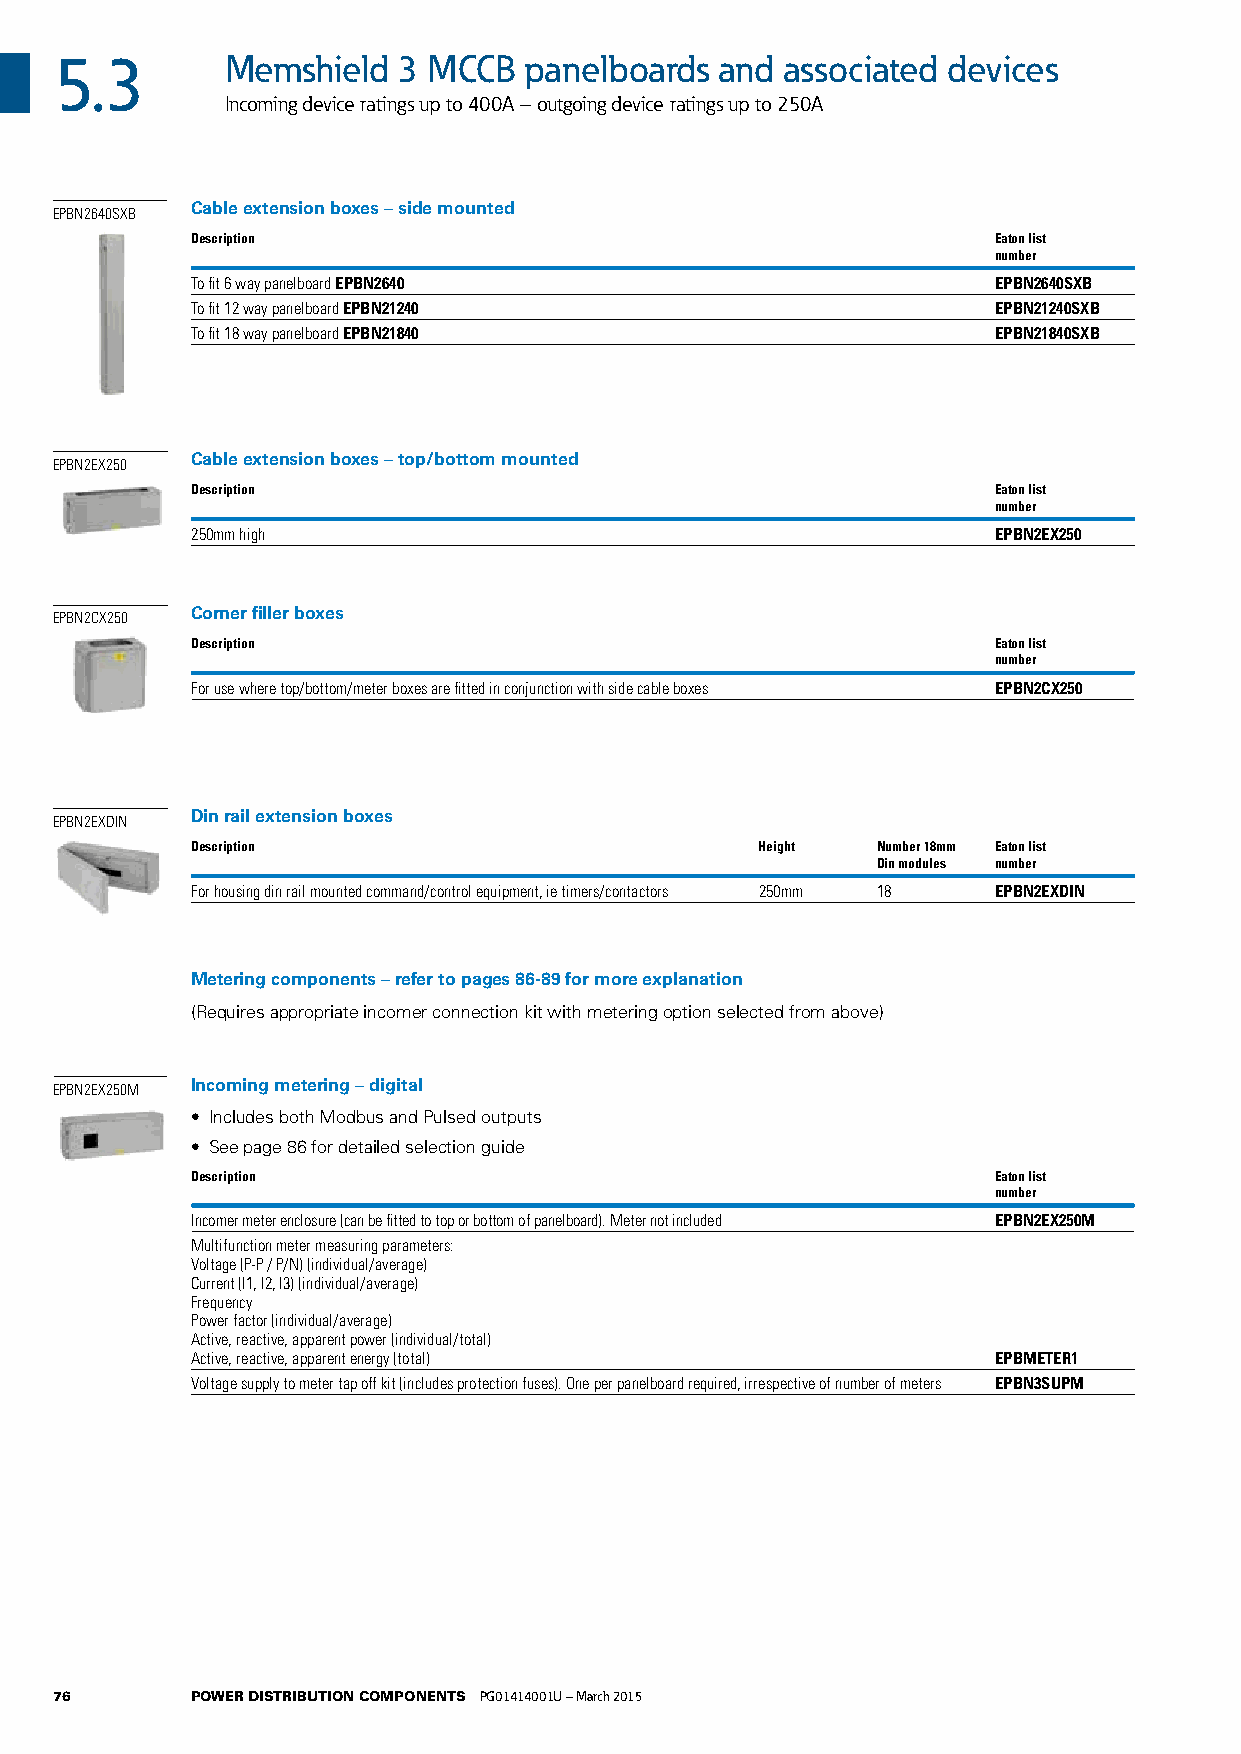
5.3        Memshield  3 MCCB   panelboards  and associated devices
 Incoming device ratings up to 400A – outgoing device ratings up to 250A
 Cable extension boxes – side mounted
 EPBN2640SXB
 Description                                          Eaton list
 number
 To fit 6 way panelboard EPBN2640                     EPBN2640SXB
 To fit 12 way panelboard EPBN21240                   EPBN21240SXB
 To fit 18 way panelboard EPBN21840                   EPBN21840SXB
 Cable extension boxes – top/bottom mounted
 EPBN2EX250
 Description                                          Eaton list
 number
 250mm high                                           EPBN2EX250
 Corner filler boxes
 EPBN2CX250
 Description                                          Eaton list
 number
 For use where top/bottom/meter boxes are fitted in conjunction with side cable boxes EPBN2CX250
 Din rail extension boxes
 EPBN2EXDIN
 Description                          Height  Number 18mm Eaton list
 Din modules number
 For housing din rail mounted command/control equipment, ie timers/contactors 250mm 18 EPBN2EXDIN
 Metering components – refer to pages 86-89 for more explanation
 (Requires appropriate incomer connection kit with metering option selected from above)
 EPBN2EX250M Incoming metering – digital
 • Includes both Modbus and Pulsed outputs
 • See page 86 for detailed selection guide
 Description                                          Eaton list
 number
 Incomer meter enclosure (can be fitted to top or bottom of panelboard). Meter not included EPBN2EX250M
 Multifunction meter measuring parameters:
 Voltage (P-P / P/N) (individual/average)
 Current (I1, I2, I3) (individual/average)
 Frequency
 Power factor (individual/average)
 Active, reactive, apparent power (individual/total)
 Active, reactive, apparent energy (total)            EPBMETER1
 Voltage supply to meter tap off kit (includes protection fuses). One per panelboard required, irrespective of number of meters EPBN3SUPM
 76       POWER DISTRIBUTION COMPONENTS PG01414001U – March 2015